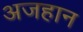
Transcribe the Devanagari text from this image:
अजहान